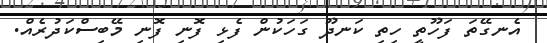
އެނގޭތަ ފަހޫތީ ހިތި ކަނދޫ ގަހަކުން ފެޅި ފޮނި ފޮނި މޭބިސްކަދުރެއް.